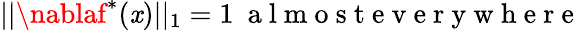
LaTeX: ||\nablaf^{*}(\mathit{x})||_{1}=1\ \mathrm{{~a~l~m~o~s~t~e~v~e~r~y~w~h~e~r~e~}}